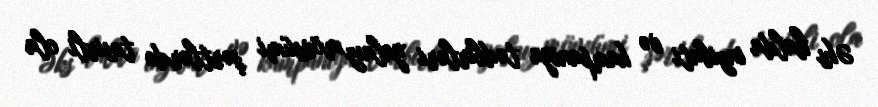
Əks halda inzibati və kampaniya tədbirləri yalnız mövsümi şərtlərdə təsirli ola